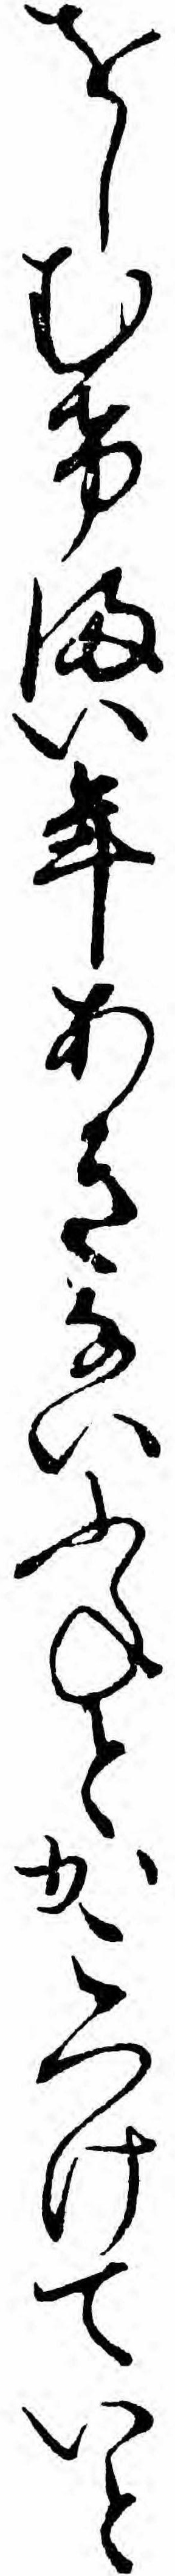
をしむけまい年あきないふねとかこつけていと